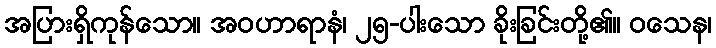
အပြားရှိကုန်သော။ အဝဟာရာနံ၊ ၂၅-ပါးသော ခိုးခြင်းတို့၏။ ဝသေန၊